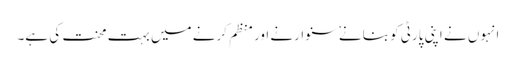
انہوں نے اپنی پارٹی کو بنانے ٗ سنوارنے اور منظم کرنے میں بہت محنت کی ہے۔